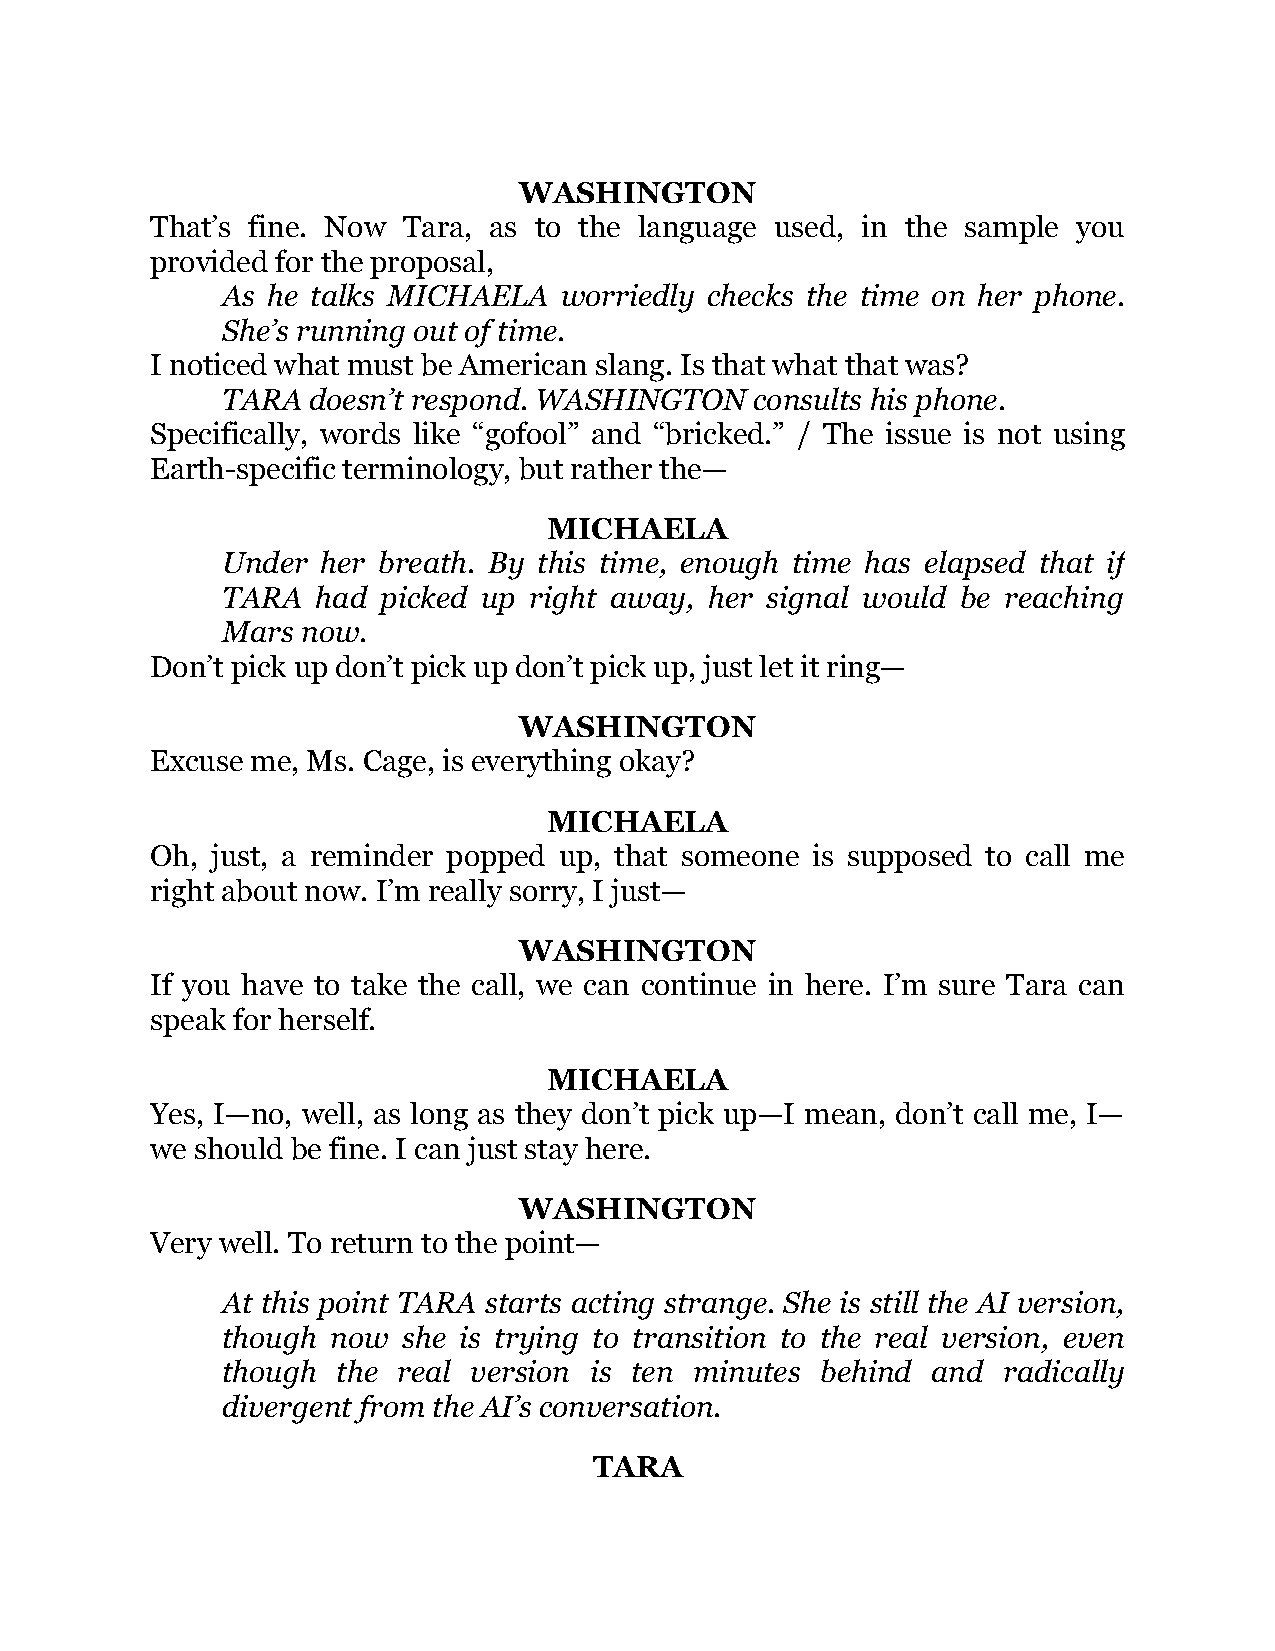
WASHINGTON
 That’s fine. Now Tara, as to the language used, in the sample you
 provided for the proposal,
 As he talks MICHAELA  worriedly checks the time on her phone.
 She’s running out of time.
 I noticed what must be American slang. Is that what that was?
 TARA doesn’t respond. WASHINGTON   consults his phone.
 Specifically, words like “gofool” and “bricked.” / The issue is not using
 Earth-specific terminology, but rather the—
 MICHAELA
 Under her breath. By this time, enough time has elapsed that if
 TARA  had picked up right away, her signal would be reaching
 Mars now.
 Don’t pick up don’t pick up don’t pick up, just let it ring—
 WASHINGTON
 Excuse me, Ms. Cage, is everything okay?
 MICHAELA
 Oh, just, a reminder popped up, that someone is supposed to call me
 right about now. I’m really sorry, I just—
 WASHINGTON
 If you have to take the call, we can continue in here. I’m sure Tara can
 speak for herself.
 MICHAELA
 Yes, I—no, well, as long as they don’t pick up—I mean, don’t call me, I—
 we should be fine. I can just stay here.
 WASHINGTON
 Very well. To return to the point—
 At this point TARA starts acting strange. She is still the AI version,
 though now  she is trying to transition to the real version, even
 though the real version is ten minutes behind  and radically
 divergent from the AI’s conversation.
 TARA